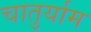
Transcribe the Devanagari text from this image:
चातुर्याम